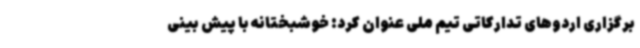
برگزاری اردوهای تدارکاتی تیم ملی عنوان کرد: خوشبختانه با پیش بینی